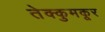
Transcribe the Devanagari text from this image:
तेक्कुमकूर